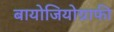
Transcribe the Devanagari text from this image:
बायोजियोग्राफी